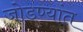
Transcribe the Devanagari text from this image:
जोडण्यांत